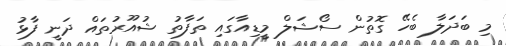
މި ބަދަލާ ބެހޭ ގޮތުން ސޯޝަލް މީޑިއާގައި ތަފާތު ޝުއޫރުތައް ދަނީ ފާޅު